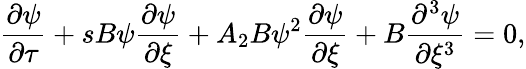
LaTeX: \frac{\partial\psi}{\partial\tau}+sB\psi\frac{\partial\psi}{\partial\xi}+A_{2}B\psi^{2}\frac{\partial\psi}{\partial\xi}+B\frac{\partial^{3}\psi}{\partial\xi^{3}}=0,